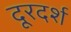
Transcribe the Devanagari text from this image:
दूरदर्श